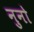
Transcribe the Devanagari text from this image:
नुनो